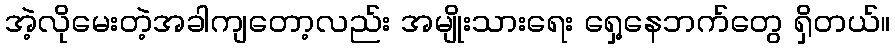
အဲ့လိုမေးတဲ့အခါကျတော့လည်း အမျိုးသားရေး ရှေ့နေဘက်တွေ ရှိတယ်။